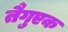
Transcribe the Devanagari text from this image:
तैगुएक